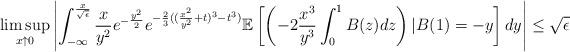
LaTeX: \begin{align*}\limsup\limits_{x \uparrow 0} \left\vert \int_{-\infty}^{\frac{x}{\sqrt{\epsilon}}} \frac{x}{y^2} e^{-\frac{y^2}{2}}e^{-\frac{2}{3}((\frac{x^2}{y^2}+t)^3-t^3)} \mathbb{E} \left[ \left (-2\frac{x^3}{y^3} \int_{0}^{1} B(z)dz \right) \vert B(1)=-y\right]dy \right \vert \le \sqrt{\epsilon}\end{align*}